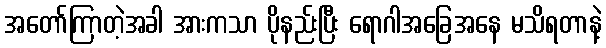
အတော်ကြာတဲ့အခါ အားကသာ ပိုနည်းပြီး ရောဂါအခြေအနေ မသိရတာနဲ့